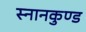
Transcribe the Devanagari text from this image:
स्‍नानकुण्‍ड